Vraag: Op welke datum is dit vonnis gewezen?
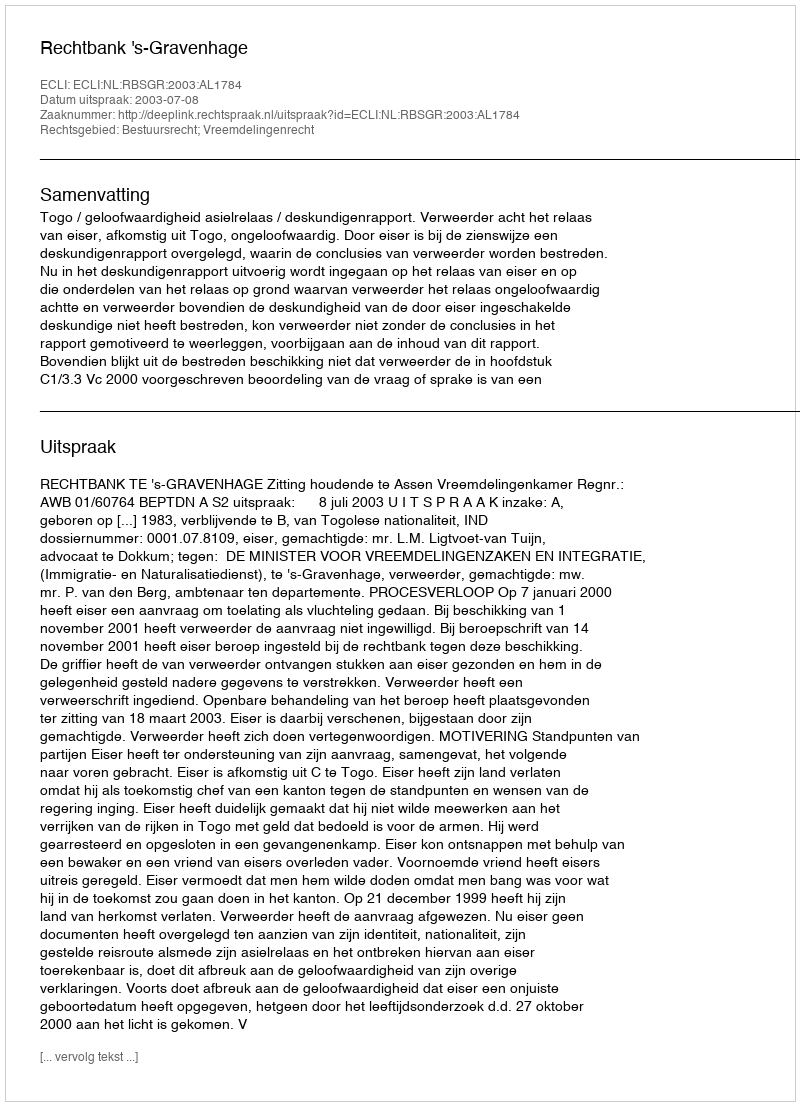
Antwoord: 2003-07-08